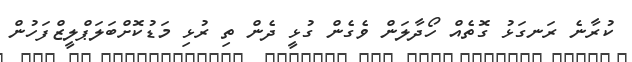
ކުރާނެ ރަނގަޅު ގޮތެއް ހޯދާލަން ވެގެން ގުޅީ ދެން ތި ރުޅި މަޑުކޮށްބަލަޕްލީޒްފަހުން